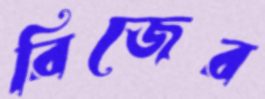
রিজের